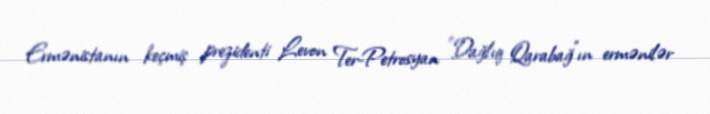
Ermənistanın keçmiş prezidenti Levon Ter-Petrosyan "Dağlıq Qarabağ"ın ermənilər